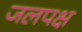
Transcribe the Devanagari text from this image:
जलपक्ष